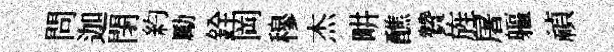
問迦閉約勵銓岡穆杰畊醮贊旌屠軀禎